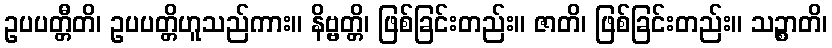
ဥပပတ္တီတိ၊ ဥပပတ္တိဟူသည်ကား။ နိဗ္ဗတ္တိ၊ ဖြစ်ခြင်းတည်း။ ဇာတိ၊ ဖြစ်ခြင်းတည်း။ သဉ္စာတိ၊